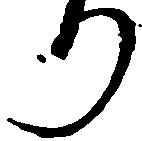
り